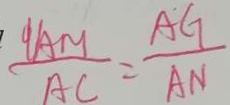
\frac { 9 A M } { A C } = \frac { A G } { A N }